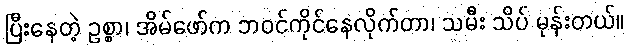
ပြီးနေတဲ့ ဥစ္စာ၊ အိမ်ဖော်က ဘဝင်ကိုင်နေလိုက်တာ၊ သမီး သိပ် မုန်းတယ်။